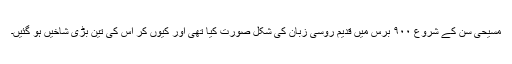
مسیحی سن کے شروع ۹۰۰ برس میں قدیم روسی زبان کی شکل صورت کیا تھی اور کیوں کر اس کی تین بڑی شاخیں ہو گئیں۔